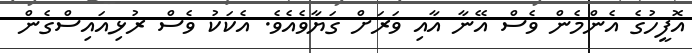
އޮފީހުގެ އެންމެން ވެސް އޭނާ އާއި ވަރަށް ގަަޔާވެއެވެ. އެކަކު ވެސް ރުޅިއައިސްގެން